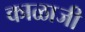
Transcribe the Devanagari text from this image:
काळाजी